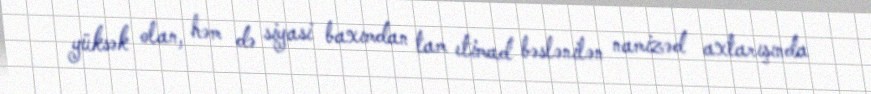
yüksək olan, həm də siyasi baxımdan tam etimad bəslənilən namizəd axtarışında